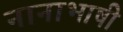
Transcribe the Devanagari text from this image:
नानाभाषी